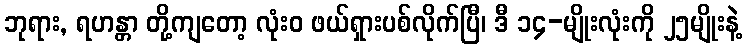
ဘုရား, ရဟန္တာ တို့ကျတော့ လုံးဝ ဖယ်ရှားပစ်လိုက်ပြီ၊ ဒီ ၁၄-မျိုးလုံးကို ၂၅မျိုးနဲ့